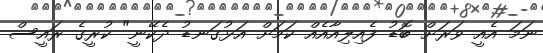
ނަމަ އެއީ ވަރަށް ބޮޑު ފެއިލިއާއެއް ކަމަށް އަޅުގަނޑު ދެކޭނީ" ކުރީގެ ރައީސް